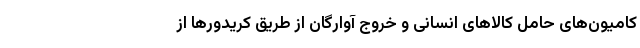
کامیون‌های حامل کالاهای انسانی و خروج آوارگان از طریق کریدورها از